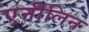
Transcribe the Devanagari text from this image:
एनीलिन